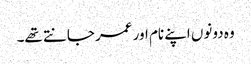
وہ دونوں اپنے نام اور عمر جانتے تھے۔